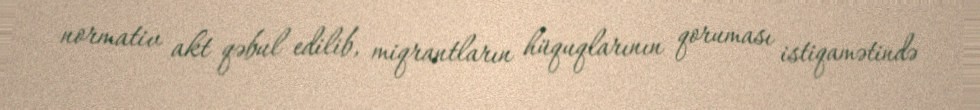
normativ akt qəbul edilib, miqrantların hüquqlarının qoruması istiqamətində